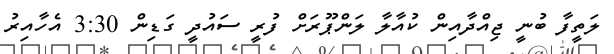
ލަތީފާ ބުނީ ޖިއްދާއިން ކުއާލާ ލަންޕޫރަށް ފުރީ ސައުދީ ގަޑިން 3:30 އެހާއިރު